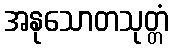
အနုသောတသုတ္တံ